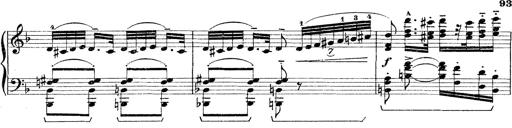
Title: Rapsodie: 19 ungheresi, 1 spagnuola
Composer: Franz Liszt